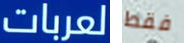
لعربات فقط